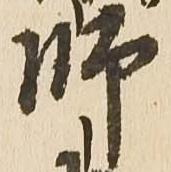
師